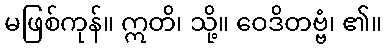
မဖြစ်ကုန်။ ဣတိ၊ သို့။ ဝေဒိတဗ္ဗံ၊ ၏။